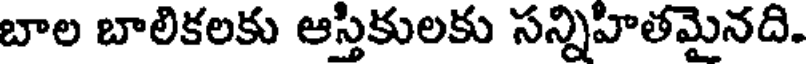
బాల బాలికలకు ఆస్తికులకు సన్నిహితమైనది.